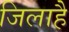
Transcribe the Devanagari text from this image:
जिलाहै